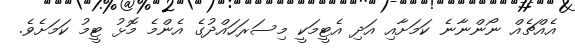
އެއްޗެއް ނޯންނާނެ ކަމަށާއި އަދި އެޓީމަކީ މިސަރަހައްދުގެ އެންމެ މޮޅު ޓީމު ކަމަށެވެ.